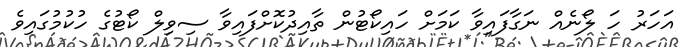
އަހަރު ހަ ލޯނެއް ނަގާފައިވާ ކަމަށް ހައިކޯޓުން ތާއިދުކޮށްފައިވާ ސިވިލް ކޯޓުގެ ހުކުމުގައިވެ